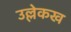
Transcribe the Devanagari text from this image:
उल्लेकख